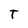
Character: T